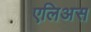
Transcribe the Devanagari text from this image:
एलिअस